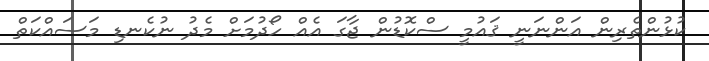
ކުޅުންތެރިން އަންނަނީ ޤައުމީ ސްކޮޑުން ޖާގަ އެއް ހޯދުމަށް މެދު ނުކެނޑި މަސައްކަތް